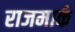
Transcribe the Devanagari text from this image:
राजमार्क